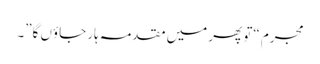
مجرم “تو پھر میں مقدمہ ہار جاؤں گا”۔